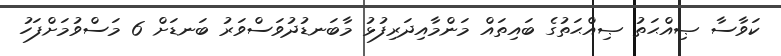
ކަވާސާ ޞިއްޙަތު ޞިއްޙަތުގެ ބައިތައް މަންމާއިދަރިފުޅު މާބަނޑުދުވަސްވަރު ބަނޑަށް 6 މަސްވުމަށްފަހު